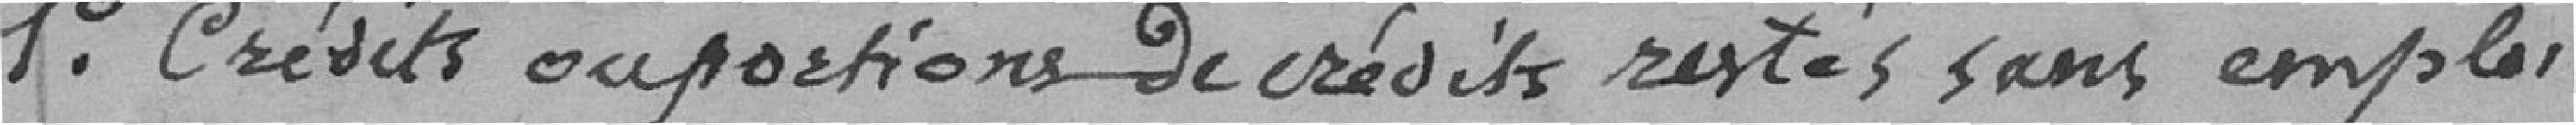
1° crédits ou portions de crédits restés sans emploi